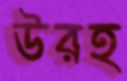
উরহ